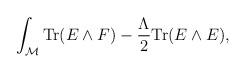
LaTeX: \begin{align*}\int_{\cal M} {\rm Tr}(E\wedge F) - {\Lambda\over 2} {\rm Tr}(E\wedge E),\end{align*}